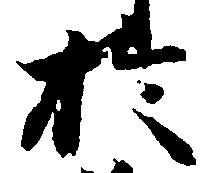
於